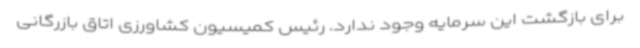
برای بازگشت این سرمایه وجود ندارد. رئیس کمیسیون کشاورزی اتاق بازرگانی